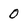
Character: 0